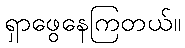
ရှာဖွေနေကြတယ်။